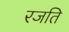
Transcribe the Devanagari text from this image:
रजति